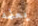
يعلمه